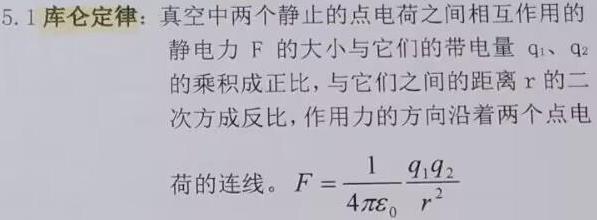
5.1 库仑定律：真空中两个静止的点电荷之间相互作用的静电力 F 的大小与它们的带电量 $q_1$、$q_2$ 的乘积成正比，与它们之间的距离 r 的二次方成反比，作用力的方向沿着两个点电荷的连线。$F = \frac{1}{4\pi\varepsilon_0} \frac{q_1q_2}{r^2}$